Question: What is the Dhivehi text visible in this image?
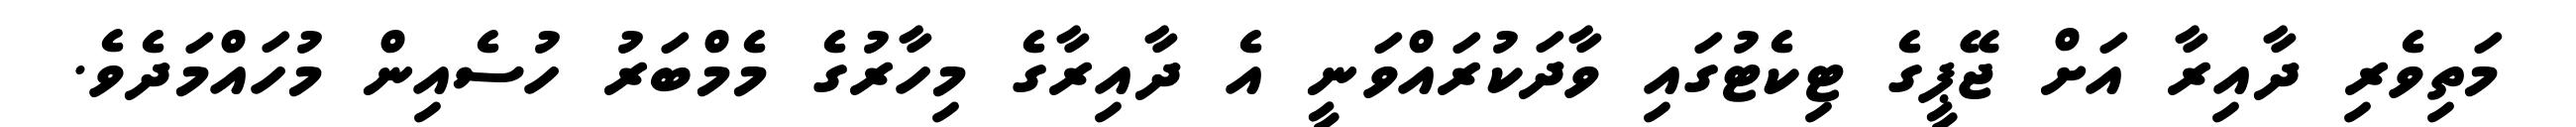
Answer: މަތިވެރި ދާއިރާ އަށް ޖޭޕީގެ ޓިކެޓުގައި ވާދަކުރައްވަނީ އެ ދާއިރާގެ މިހާރުގެ މެމްބަރު ހުސެއިން މުހައްމަދެވެ.